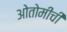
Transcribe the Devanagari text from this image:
ओतोमींची